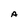
Character: A